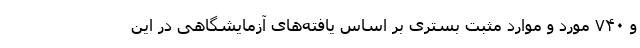
و ۷۴۰ مورد و موارد مثبت بستری بر اساس یافته‌های آزمایشگاهی در این